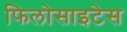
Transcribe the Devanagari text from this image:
फिलोसाइटेस